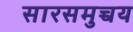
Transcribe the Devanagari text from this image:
सारसमुच्चय